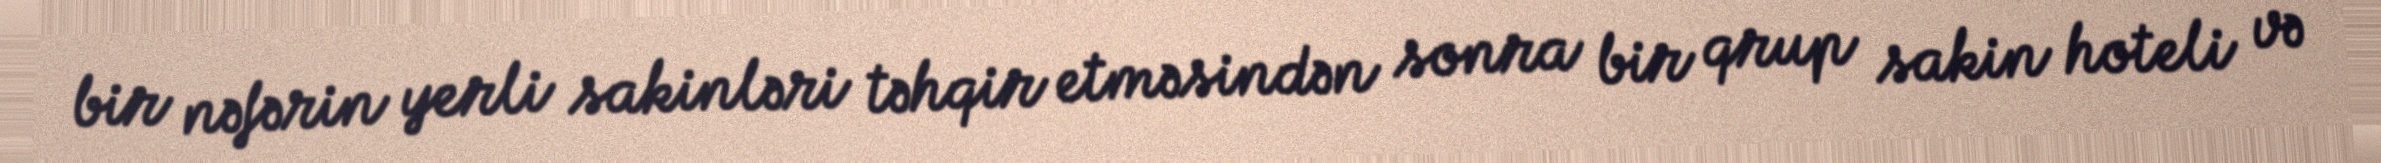
bir nəfərin yerli sakinləri təhqir etməsindən sonra bir qrup sakin hoteli və